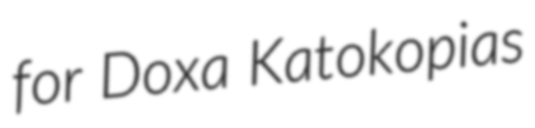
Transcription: for Doxa Katokopias